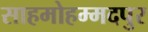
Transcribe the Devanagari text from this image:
साहमोहम्मदपुर